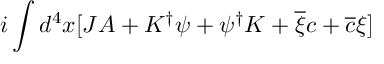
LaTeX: i \int d ^ { 4 } x [ J A + K ^ { \dagger } \psi + \psi ^ { \dagger } K + \overline { { { \xi } } } c + \overline { { { c } } } \xi ]